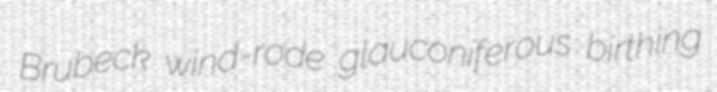
Brubeck wind-rode glauconiferous birthing